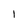
Character: l